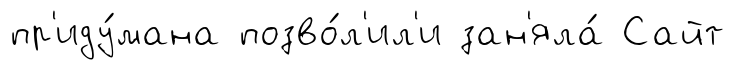
пр'иду́мана позво́л'ил'и зан'яла́ Сайт